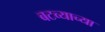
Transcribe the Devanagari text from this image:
बटव्याच्या